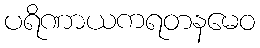
ပရိဏာယကရတနမေဝ